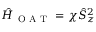
\hat { H } _ { \mathrm { ~ O ~ A ~ T ~ } } = \chi \hat { S } _ { z } ^ { 2 }